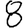
Digit: 8